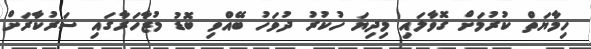
ހިމާޔަތް ކުރުމަށް ގޮވާލައި މިދިޔަ ހުކުރު ދުވަހު ބޭއްވި ބޮޑު މުޒާހަރާގައި ސަރުކާރަށް